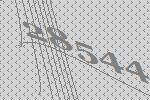
28544